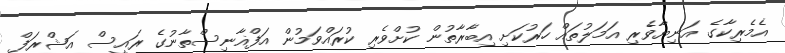
އެމެރިކާގެ އަނިޔާވެރި އަމަލުތައް ހަރުކަށި އިބާރާތުން ކުށްވެރި ކުރައްވަމުން އަފްޣާނިސްތާނުގެ ރައީސް އަޝްރަފް